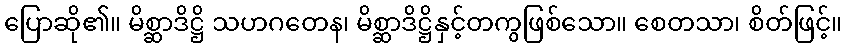
ပြောဆို၏။ မိစ္ဆာဒိဋ္ဌိ သဟဂတေန၊ မိစ္ဆာဒိဋ္ဌိနှင့်တကွဖြစ်သော။ စေတသာ၊ စိတ်ဖြင့်။